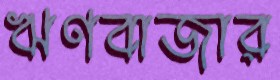
ঋণবাজার